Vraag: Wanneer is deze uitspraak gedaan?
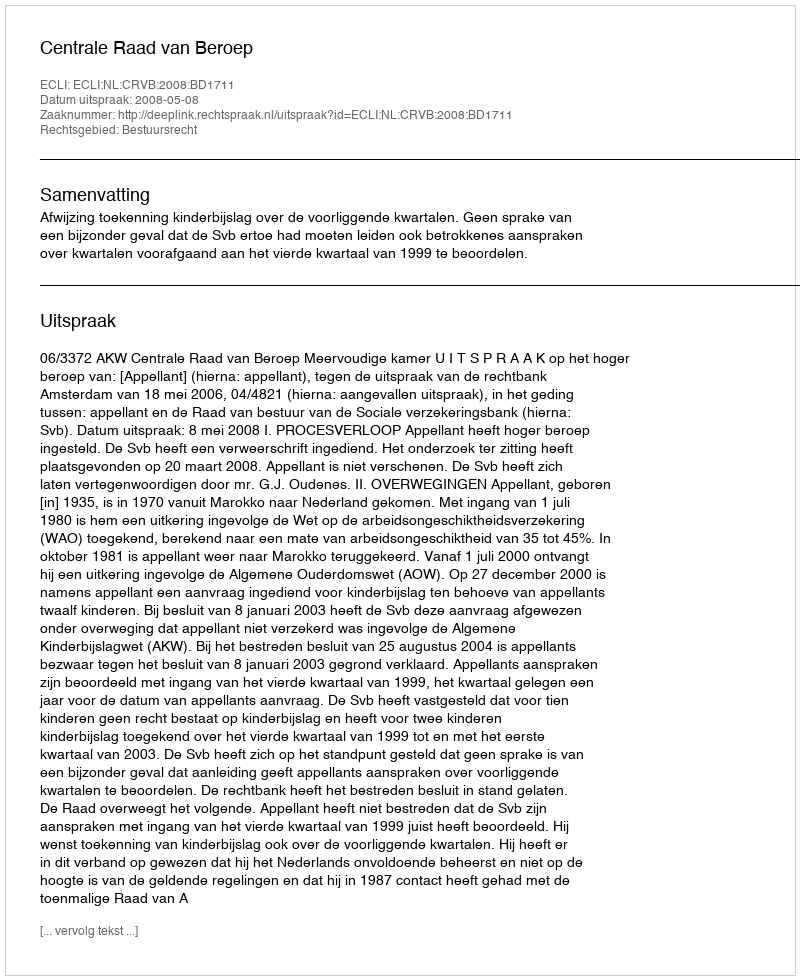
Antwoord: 2008-05-08